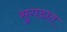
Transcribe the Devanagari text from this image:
सुगडात